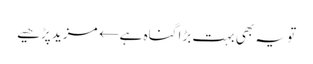
تو یہ بھی بہت بڑا گناہ ہے← مزید پڑھیے